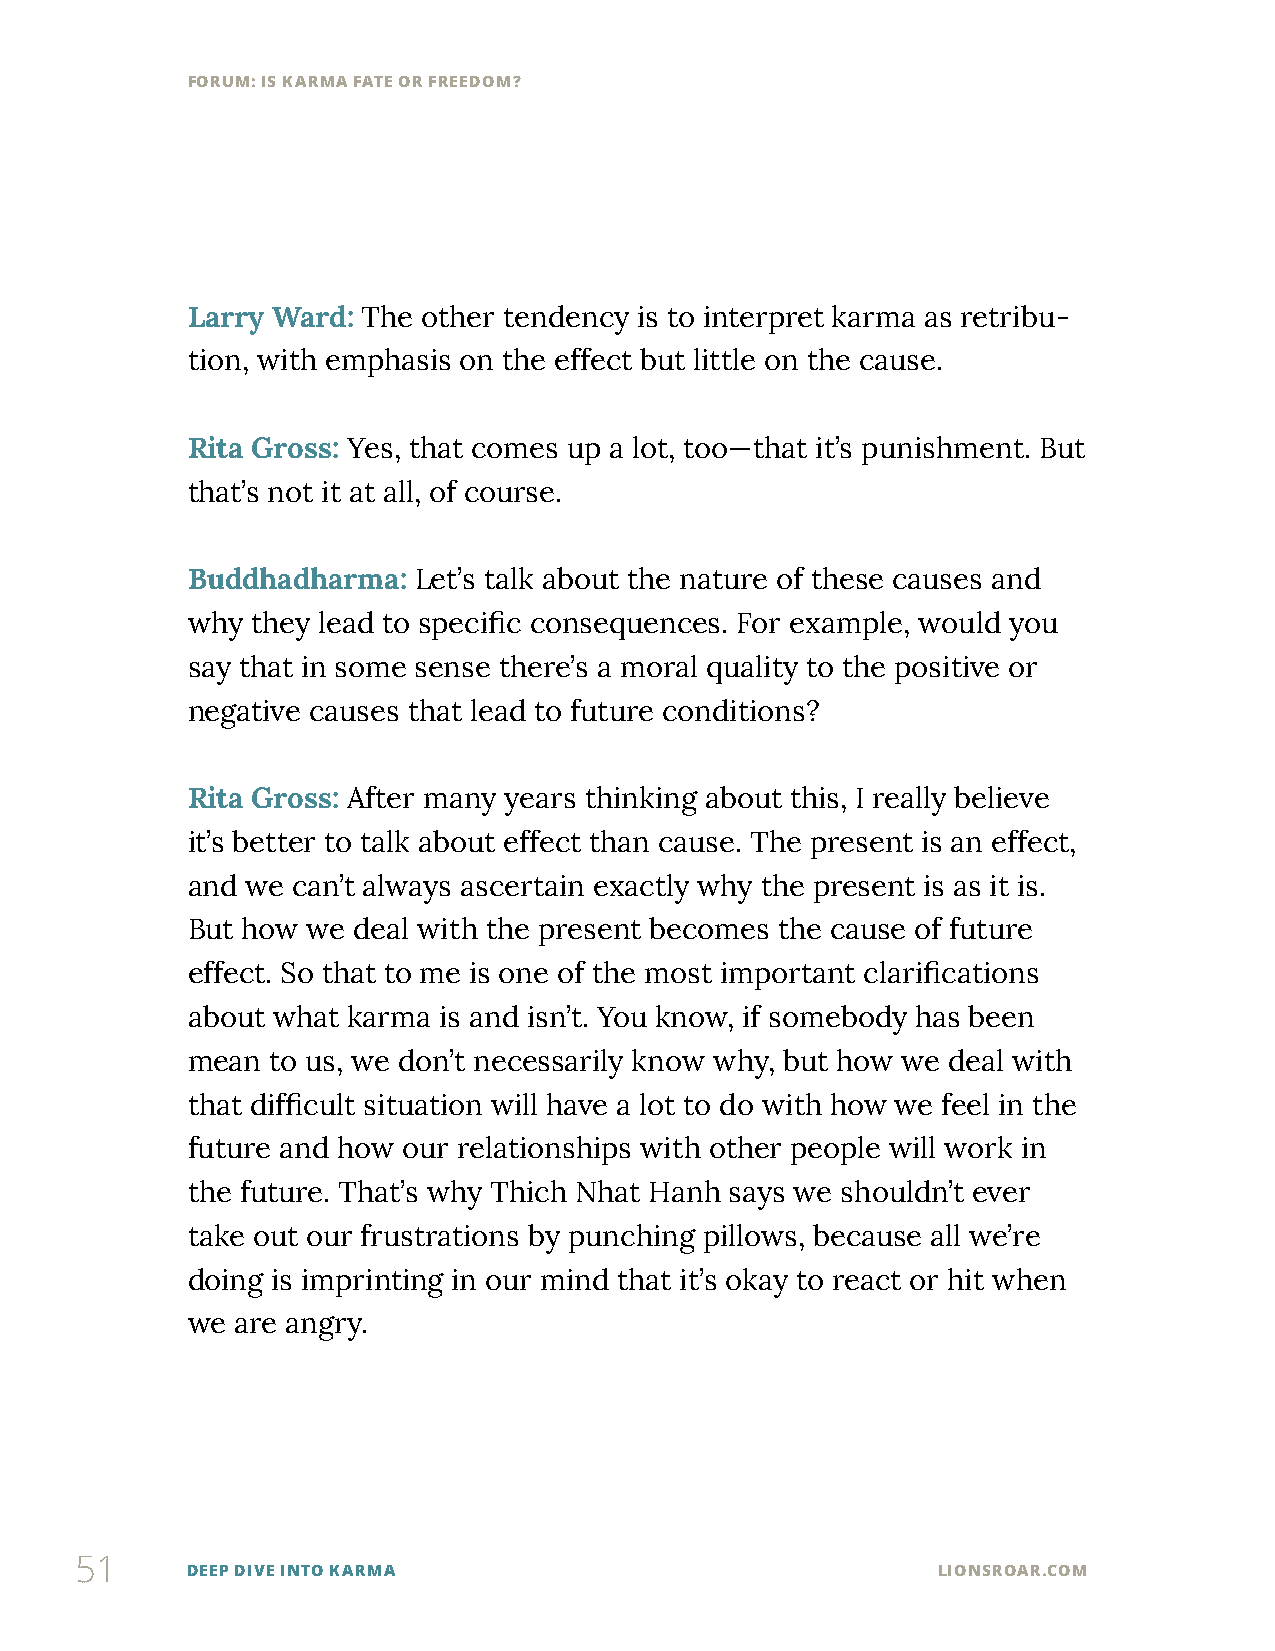
FORUM: IS KARMA FATE OR FREEDOM?
 Larry Ward: The other tendency is to interpret karma as retribu-
 tion, with emphasis on the effect but little on the cause.
 Rita Gross: Yes, that comes up a lot, too—that it’s punishment. But
 that’s not it at all, of course.
 Buddhadharma:  Let’s talk about the nature of these causes and
 why  they lead to specific consequences. For example, would you
 say that in some sense there’s a moral quality to the positive or
 negative causes that lead to future conditions?
 Rita Gross: After many years thinking about this, I really believe
 it’s better to talk about effect than cause. The present is an effect,
 and we can’t always ascertain exactly why the present is as it is.
 But how we deal with the present becomes the cause of future
 effect. So that to me is one of the most important clarifications
 about what karma is and isn’t. You know, if somebody has been
 mean  to us, we don’t necessarily know why, but how we deal with
 that difficult situation will have a lot to do with how we feel in the
 future and how our relationships with other people will work in
 the future. That’s why Thich Nhat Hanh says we shouldn’t ever
 take out our frustrations by punching pillows, because all we’re
 doing is imprinting in our mind that it’s okay to react or hit when
 we are angry.
 51
 DEEP DIVE INTO KARMA                              LIONSROAR.COM